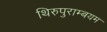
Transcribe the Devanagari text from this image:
थिरुपुराम्बयम